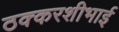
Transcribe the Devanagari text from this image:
ठक्करशीभाई